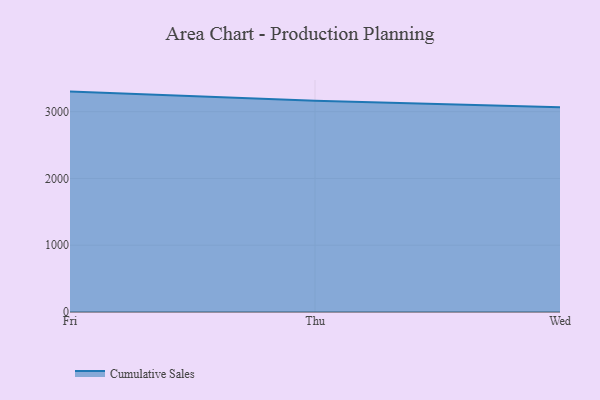
{"axis": {"x": "Day", "y": "Page Views"}, "legend": ["Cumulative Sales"], "data": [{"x": "Fri", "y": 3300.3, "type": "Cumulative Sales"}, {"x": "Thu", "y": 3164.0, "type": "Cumulative Sales"}, {"x": "Wed", "y": 3067.8, "type": "Cumulative Sales"}]}